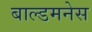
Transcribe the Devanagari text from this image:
बाल्डमनेस